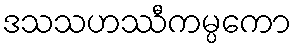
ဒသသဟဿီကမ္ပကော